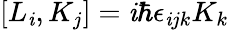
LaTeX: \left[L_{\mathit{i}},K_{j}\right]=\mathit{i}\hbar\epsilon_{\mathit{i}jk}K_{k}